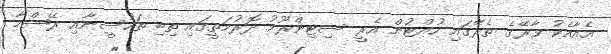
އެއާއެކު ވާރޭގެ ތެރޭގައި ހުއްޓުން އެރީ ސިޓިންރޫމު ދޮރުމަތީގައި ތިބި ތަހުސީނާއި ރޭޝްމާ